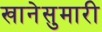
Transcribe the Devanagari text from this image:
खानेसुमारी